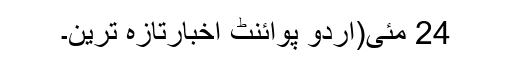
24 مئی(اُردو پوائنٹ اخبارتازہ ترین۔